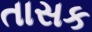
તાસક